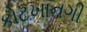
કોટખાનગી